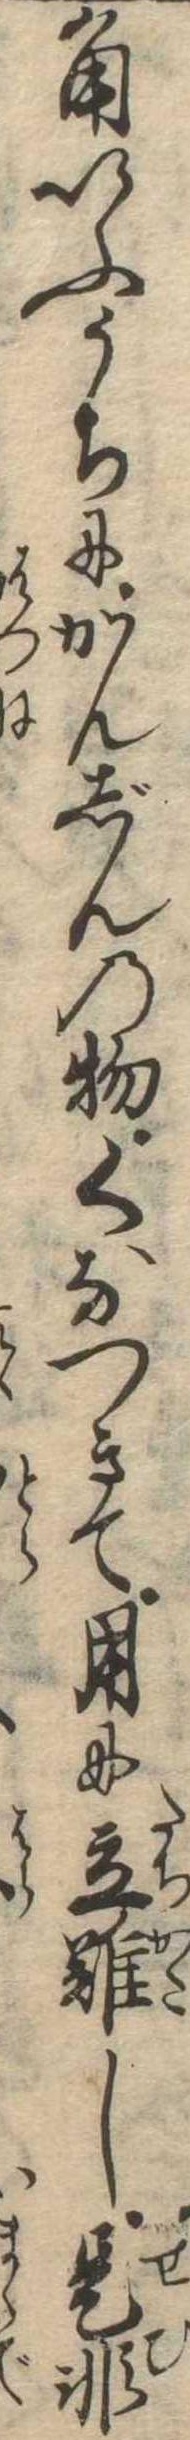
角いふうちにかんじんの物くなつきて用に立難し是非